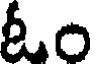
ఓం